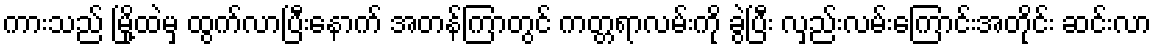
ကားသည် မြို့ထဲမှ ထွက်လာပြီးနောက် အတန်ကြာတွင် ကတ္တရာလမ်းကို ခွဲပြီး လှည်းလမ်းကြောင်းအတိုင်း ဆင်းလာ